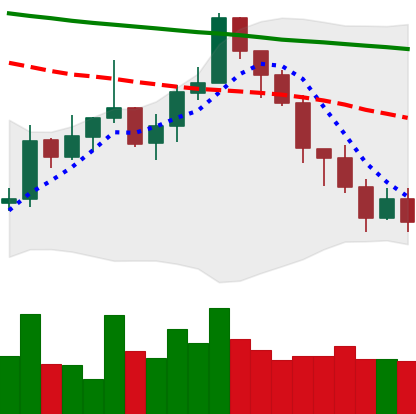
Ticker: XMR-USD
Chart end date: 2022-01-10
Forward return: 19.099%
Label: up_7plus